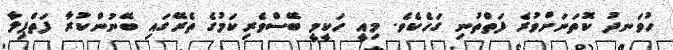
ހުވަނދު ކޮތަނަށްވުރެ ފަތްތުނި ގަހެކެވެ. މިއީ ހަކީމީ ބޭސްވެރިކަމުގެ ތެރޭގައި ބޭނުންކުރާ ފަތްޕިލާ